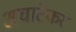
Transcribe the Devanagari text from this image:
अघाटेकर